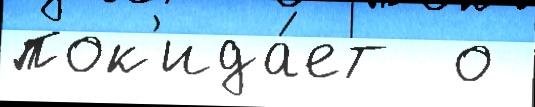
пок'ида́ет  о